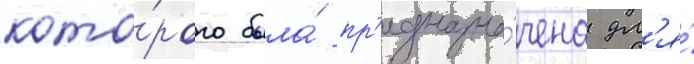
кото́рого была́ пр'едназна́чена дл'я́